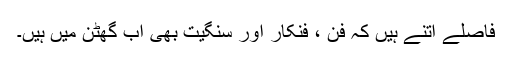
فاصلے اتنے ہیں کہ فن ، فنکار اور سنگیت بھی اب گھٹن میں ہیں۔